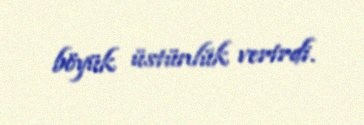
böyük üstünlük verirdi.